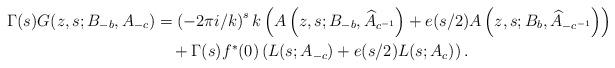
LaTeX: \begin{align*}\Gamma(s)G(z,s;B_{-b},A_{-c}) & =\left( -2\pi i/k\right) ^{s}k\left(A\left( z,s;B_{-b},\widehat{A}_{c^{-1}}\right) +e(s/2)A\left(z,s;B_{b},\widehat{A}_{-c^{-1}}\right) \right) \\& \quad+\Gamma(s)f^{\ast}(0)\left( L(s;A_{-c})+e(s/2)L(s;A_{c})\right).\end{align*}